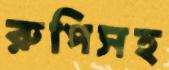
রুপিসহ